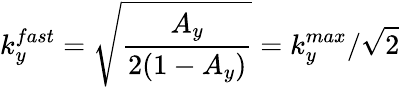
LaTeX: k_{y}^{fast}=\sqrt{\frac{A_{y}}{2(1-A_{y})}}=k_{y}^{max}/\sqrt{2}